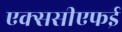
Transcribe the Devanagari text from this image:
एक्ससीएफई